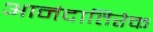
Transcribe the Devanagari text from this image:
आनंदातिरेक